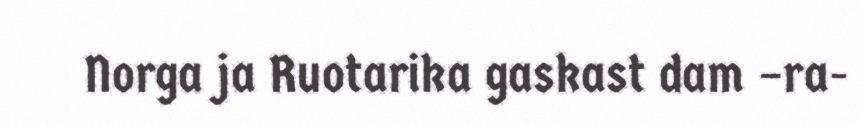
Norga ja Ruotarika gaskast dam –ra-